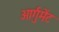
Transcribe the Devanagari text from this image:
आर्गुमेंट